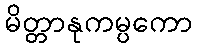
မိတ္တာနုကမ္ပကော